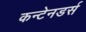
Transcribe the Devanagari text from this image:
कन्टेनडर्स